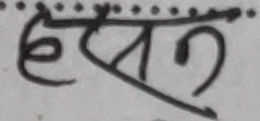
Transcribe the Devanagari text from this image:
हस्वी